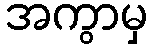
အကွာမှ